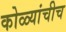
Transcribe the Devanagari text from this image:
कोळ्यांचीच